Report on lock hospitals in British Burma
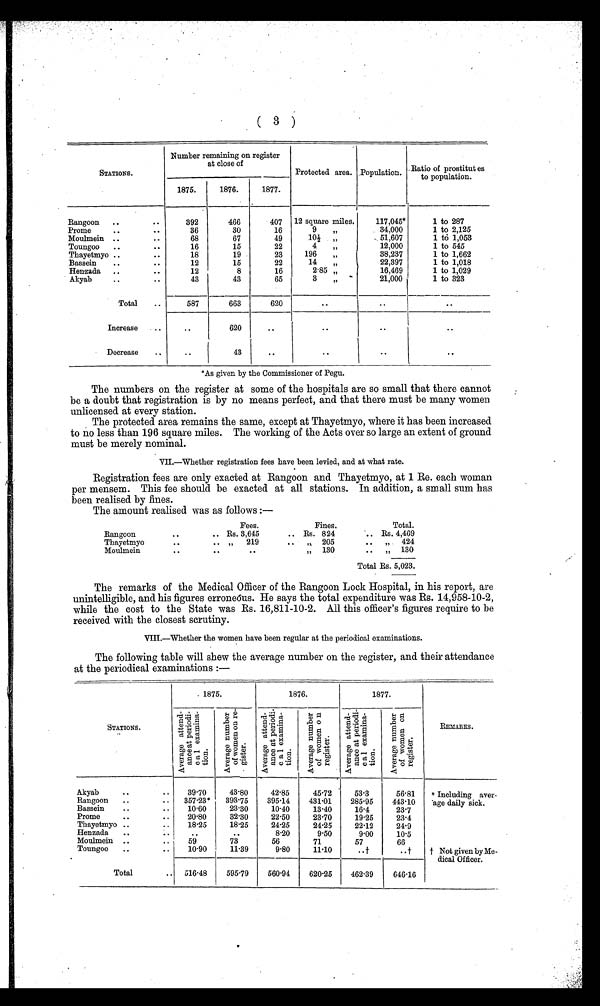
( 3 )
STATIONS.
Number remaining on register
at close of
Protected area. Population. Ratio of prostitutes t o
population.
1875.
1876.
1877.
Rangoon ..
..
392
466
407
12 square miles.
117,045*
1 to 287
Prome
..
36
30
16
9
,,
34,000
1 to 2,125
Moulmein ..
..
68
67
49
10½ , ,
51,607
1 to 1,053
Toungoo ..
..
16
15
22
4
„
12,000
1 to 545
Thayetmyo ..
..
18
19
23
196
,,
38,237
1 to 1,662
Bassein
..
..
12
15
22
14
„
22,397
1 to 1,018
Henzada ..
..
12
8
16
2.85 „
16,469
1 to 1,029
Akyab
..
..
43
43
65
3
,,
21,000
1 to 323
Total
..
587
663
620
..
..
..
Increase
..
620
..
..
..
..
Decrease
..
..
43
..
..
..
. .
*As given by the Commissioner of Pegu.
The numbers on the register at some of the hospitals are so small that there cannot
be a doubt that registration is by no means perfect, and that there must be many women
unlicensed at every station.
The protected area remains the same, except at Thayetmyo, where it has been increased
to no less than 196 square miles. The working of the Acts over so large an extent of ground
must be merely nominal.
VII.-Whether registration fees have been levied, and at what rate.
Registration fees are only exacted at Rangoon and Thayetmyo, at 1 Re. each woman
per mensem. This fee should be exacted at all stations. In addition, a small sum has
been realised by fines.
The amount realised was as follows :-
Fees.
Fines.
Total.
Rangoon
. .
. . Rs. 3,645
.. Rs. 824
Rs. 4,469
Thayetmyo
..
.. „ 219
..
„ 205
..
„
424
Moulmein
. .
. .
..
„ 130
..
„ 130
Total Rs. 5,023.
The remarks of the Medical Officer of the Rangoon Lock Hospital, in his report, are
unintelligible, and his figures erroneóus. He says the total expenditure was Rs. 14,958-10-2,
while the cost to the State was Rs. 16,811-10-2. All this officer's figures require to be
received with the closest scrutiny.
VIII.—Whether the women have been regular at the periodical examinations.
The following table will chew the average number on the register, and their attendance
at the periodical examinations :-
STATIONS.
1875.
1876.
1877.
REMARKS.
Ave r a ge a t t e md-
ance at per i odi -
cal l exami na-
tion.
A v e r a g e n u m b e r
o f w o m e n o n r e -
g i s t e r .
A v e r a g e a t t e n d -
a n c e p e r i o d i -
c a l e x a m i n a -
t i o n
A v e r a g e n u m b e r
o f w o m e n o n r e g i s t e r .
A v e r a g e a t t e n d -
a n c e a t p e r i o d i -
c a l e x a m i n a -
t i o n .
A v e r a g e n u m b e r
o f w o m e n o n r e g i s t e r .
Akyab
..
..
39.70
43.80
42.85
45.72
53.3
56.81
* Including aver-
age daily sick.
Rangoon ..
. . 357 .23*
393.75
395.14
431.01
285.95
443.10
Bassein
..
..
10.60
23.30
10.40
13.40
16.4
23-7
Prome
..
..
20.80
32.30
22.50
23.70
19.25
23.4
Thayetmyo ..
..
18.25
18.25
24.25
24.25
22.12
24.9
Henzada
..
..
..
..
8.20
9.50
9.00
10.5
Moulmein ..
..
59
73
56
71
57
66
Toungoo ..
..
10.90
11.39
9.80
11.10
..†
. . †
† Not given by Me-
dical Officer.
Total
.. 516 .48
595.79
560.94
620.25
462.39
646.16